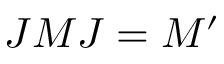
J M J = M ^ { \prime }